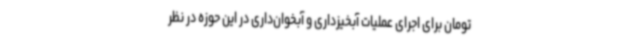
تومان برای اجرای عملیات آبخیزداری و آبخوان‌داری در این حوزه در نظر